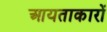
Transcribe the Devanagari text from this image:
आयताकारों